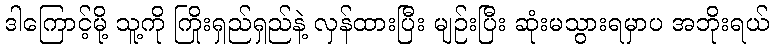
ဒါကြောင့်မို့ သူ့ကို ကြိုးရှည်ရှည်နဲ့ လှန်ထားပြီး မျဉ်းပြီး ဆုံးမသွားရမှာပ အဘိုးရယ်